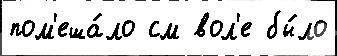
пом'еша́ло см вол'е бы́ло